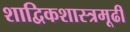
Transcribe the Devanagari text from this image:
शाद्विकशास्त्रमूढीं